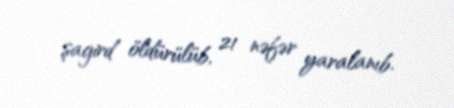
şagird öldürülüb, 21 nəfər yaralanıb.